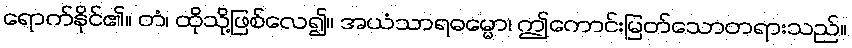
ရောက်နိုင်၏။ တံ၊ ထိုသို့ဖြစ်လေ၍။ အယံသာရဓမ္မော၊ ဤကောင်းမြတ်သောတရားသည်။